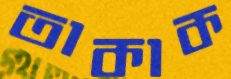
তাকাক